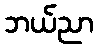
ဘယ်ညာ